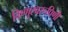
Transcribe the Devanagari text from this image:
विष्णुस्वरूपिणी